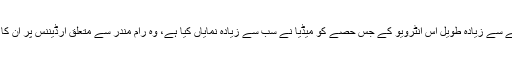
ڈیڑھ گھنٹے سے زیادہ طویل اس انٹرویو کے جس حصے کو میڈیا نے سب سے زیادہ نمایاں کیا ہے، وہ رام مندر سے متعلق آرڈیننس پر ان کا جواب ہے۔